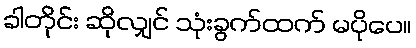
ခါတိုင်း ဆိုလျှင် သုံးခွက်ထက် မပိုပေ။